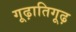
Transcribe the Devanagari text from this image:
गूढ़ातिगूढ़